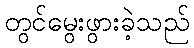
တွင်မွေးဖွားခဲ့သည်